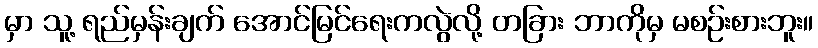
မှာ သူ့ ရည်မှန်းချက် အောင်မြင်ရေးကလွဲလို့ တခြား ဘာကိုမှ မစဉ်းစားဘူး။